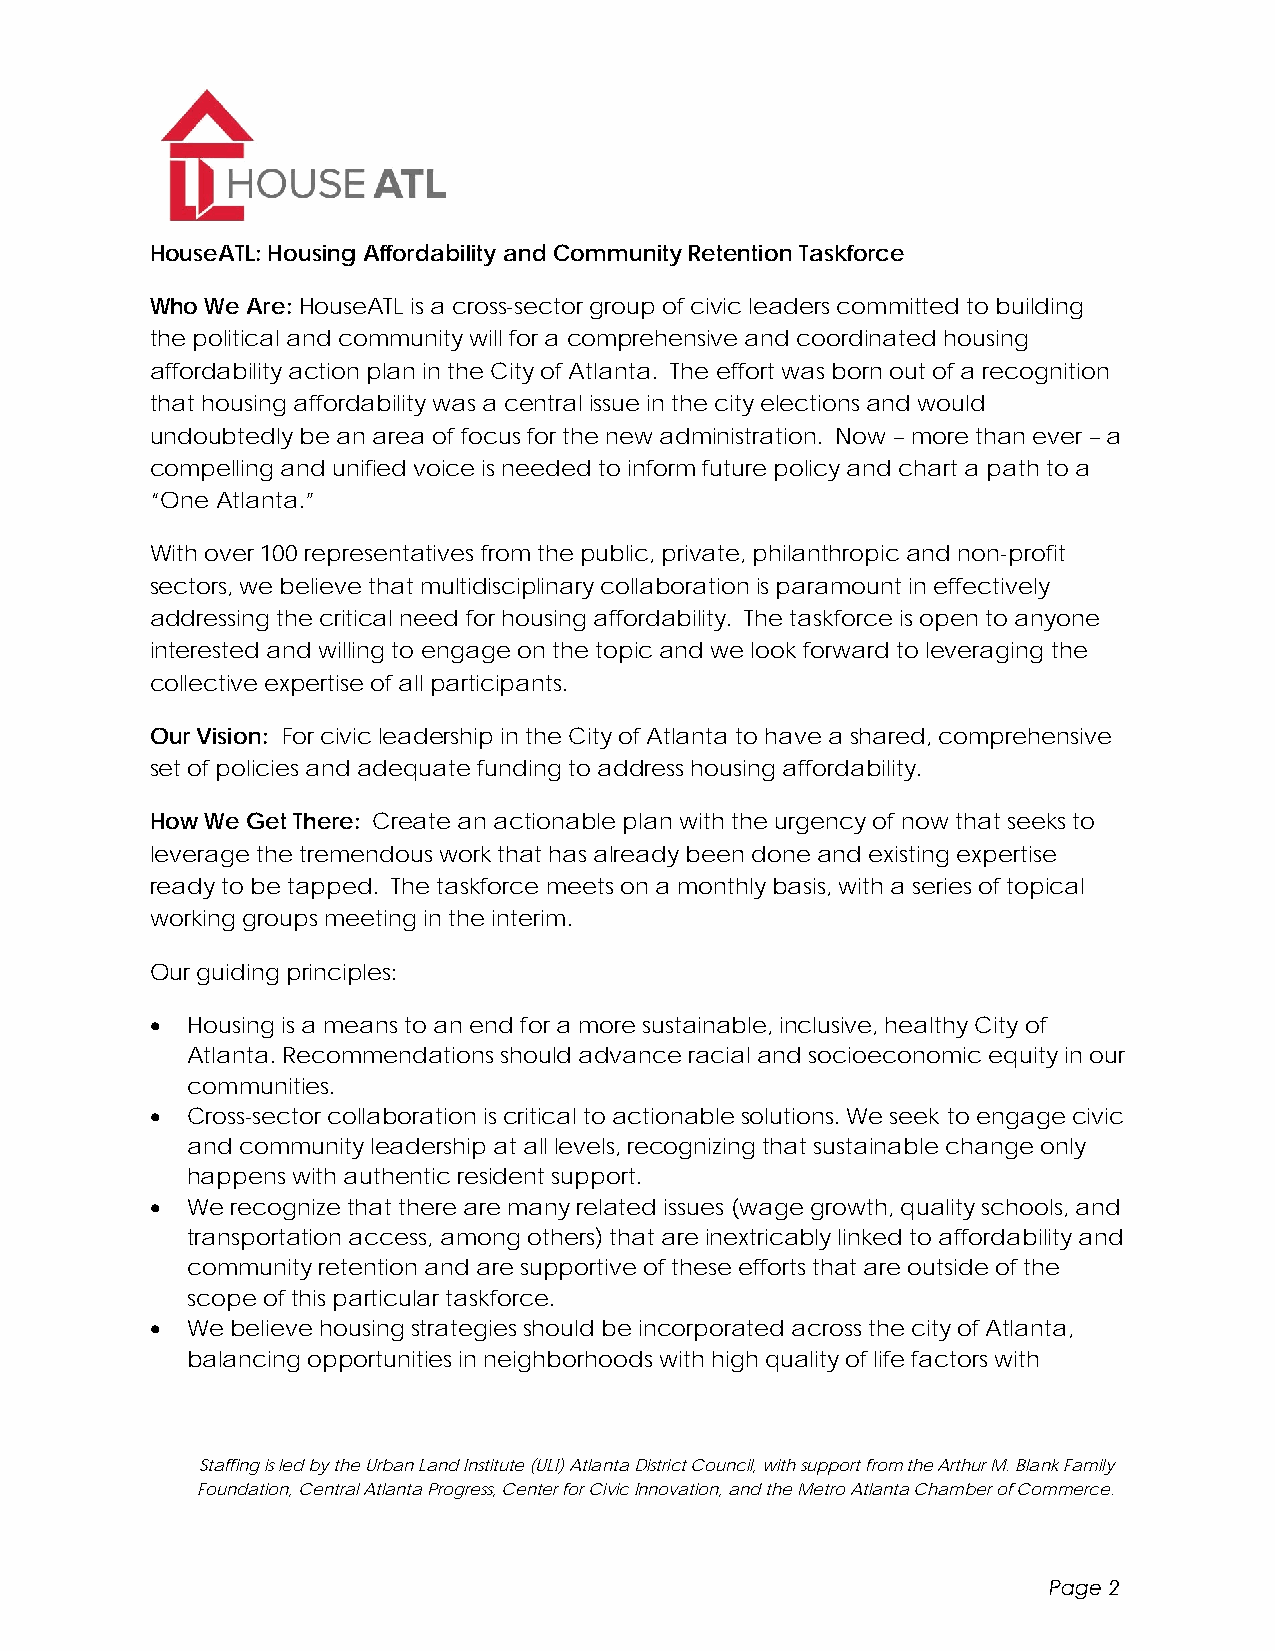
HouseATL: Housing Affordability and Community Retention Taskforce
 Who We Are: HouseATL is a cross-sector group of civic leaders committed to building
 the political and community will for a comprehensive and coordinated housing
 affordability action plan in the City of Atlanta. The effort was born out of a recognition
 that housing affordability was a central issue in the city elections and would
 undoubtedly be an area of focus for the new administration. Now – more than ever – a
 compelling and unified voice is needed to inform future policy and chart a path to a
 “One Atlanta.”
 With over 100 representatives from the public, private, philanthropic and non-profit
 sectors, we believe that multidisciplinary collaboration is paramount in effectively
 addressing the critical need for housing affordability. The taskforce is open to anyone
 interested and willing to engage on the topic and we look forward to leveraging the
 collective expertise of all participants.
 Our Vision: For civic leadership in the City of Atlanta to have a shared, comprehensive
 set of policies and adequate funding to address housing affordability.
 How We Get There: Create an actionable plan with the urgency of now that seeks to
 leverage the tremendous work that has already been done and existing expertise
 ready to be tapped. The taskforce meets on a monthly basis, with a series of topical
 working groups meeting in the interim.
 Our guiding principles:
  Housing is a means to an end for a more sustainable, inclusive, healthy City of
 Atlanta. Recommendations should advance racial and socioeconomic equity in our
 communities.
  Cross-sector collaboration is critical to actionable solutions. We seek to engage civic
 and community leadership at all levels, recognizing that sustainable change only
 happens with authentic resident support.
  We recognize that there are many related issues (wage growth, quality schools, and
 transportation access, among others) that are inextricably linked to affordability and
 community retention and are supportive of these efforts that are outside of the
 scope of this particular taskforce.
  We believe housing strategies should be incorporated across the city of Atlanta,
 balancing opportunities in neighborhoods with high quality of life factors with
 Staffing is led by the Urban Land Institute (ULI) Atlanta District Council, with support from the Arthur M. Blank Family
 Foundation, Central Atlanta Progress, Center for Civic Innovation, and the Metro Atlanta Chamber of Commerce.
 Page 2